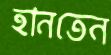
হানতেন